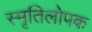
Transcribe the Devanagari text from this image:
स्मृतिलोपक